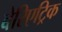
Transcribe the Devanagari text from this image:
बेरिएट्रिक